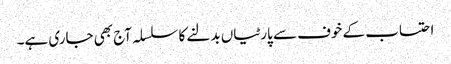
احتساب کے خوف سے پارٹیاں بدلنے کا سلسلہ آج بھی جاری ہے۔